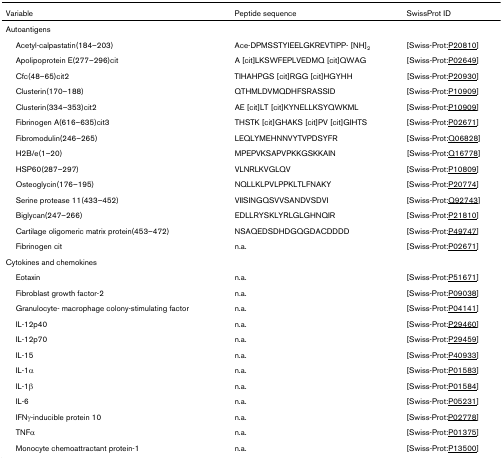
<table><thead><tr><td><b>Variable</b></td><td><b>Peptide sequence</b></td><td><b>SwissProt ID</b></td></tr></thead><tbody><tr><td>Autoantigens</td><td></td><td></td></tr><tr><td> Acetyl-calpastatin(184–203)</td><td>Ace-DPMSSTYIEELGKREVTIPP- [NH]<sub>2</sub></td><td>[Swiss-Prot:P20810]</td></tr><tr><td> Apolipoprotein E(277–296)cit</td><td>A [cit]LKSWFEPLVEDMQ [cit]QWAG</td><td>[Swiss-Prot:P02649]</td></tr><tr><td> Cfc(48–65)cit2</td><td>TIHAHPGS [cit]RGG [cit]HGYHH</td><td>[Swiss-Prot:P20930]</td></tr><tr><td> Clusterin(170–188)</td><td>QTHMLDVMQDHFSRASSID</td><td>[Swiss-Prot:P10909]</td></tr><tr><td> Clusterin(334–353)cit2</td><td>AE [cit]LT [cit]KYNELLKSYQWKML</td><td>[Swiss-Prot:P10909]</td></tr><tr><td> Fibrinogen A(616–635)cit3</td><td>THSTK [cit]GHAKS [cit]PV [cit]GIHTS</td><td>[Swiss-Prot:P02671]</td></tr><tr><td> Fibromodulin(246–265)</td><td>LEQLYMEHNNVYTVPDSYFR</td><td>[Swiss-Prot:Q06828]</td></tr><tr><td> H2B/e(1–20)</td><td>MPEPVKSAPVPKKGSKKAIN</td><td>[Swiss-Prot:Q16778]</td></tr><tr><td> HSP60(287–297)</td><td>VLNRLKVGLQV</td><td>[Swiss-Prot:P10809]</td></tr><tr><td> Osteoglycin(176–195)</td><td>NQLLKLPVLPPKLTLFNAKY</td><td>[Swiss-Prot:P20774]</td></tr><tr><td> Serine protease 11(433–452)</td><td>VIISINGQSVVSANDVSDVI</td><td>[Swiss-Prot:Q92743]</td></tr><tr><td> Biglycan(247–266)</td><td>EDLLRYSKLYRLGLGHNQIR</td><td>[Swiss-Prot:P21810]</td></tr><tr><td> Cartilage oligomeric matrix protein(453–472)</td><td>NSAQEDSDHDGQGDACDDDD</td><td>[Swiss-Prot:P49747]</td></tr><tr><td> Fibrinogen cit</td><td>n.a.</td><td>[Swiss-Prot:P02671]</td></tr><tr><td>Cytokines and chemokines</td><td></td><td></td></tr><tr><td> Eotaxin</td><td>n.a.</td><td>[Swiss-Prot:P51671]</td></tr><tr><td> Fibroblast growth factor-2</td><td>n.a.</td><td>[Swiss-Prot:P09038]</td></tr><tr><td> Granulocyte- macrophage colony-stimulating factor</td><td>n.a.</td><td>[Swiss-Prot:P04141]</td></tr><tr><td> IL-12p40</td><td>n.a.</td><td>[Swiss-Prot:P29460]</td></tr><tr><td> IL-12p70</td><td>n.a.</td><td>[Swiss-Prot:P29459]</td></tr><tr><td> IL-15</td><td>n.a.</td><td>[Swiss-Prot:P40933]</td></tr><tr><td> IL-1α</td><td>n.a.</td><td>[Swiss-Prot:P01583]</td></tr><tr><td> IL-1β</td><td>n.a.</td><td>[Swiss-Prot:P01584]</td></tr><tr><td> IL-6</td><td>n.a.</td><td>[Swiss-Prot:P05231]</td></tr><tr><td> IFNγ-inducible protein 10</td><td>n.a.</td><td>[Swiss-Prot:P02778]</td></tr><tr><td> TNFα</td><td>n.a.</td><td>[Swiss-Prot:P01375]</td></tr><tr><td> Monocyte chemoattractant protein-1</td><td>n.a.</td><td>[Swiss-Prot:P13500]</td></tr></tbody></table>